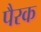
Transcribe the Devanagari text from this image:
पैरक